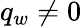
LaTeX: q_{w}\neq 0